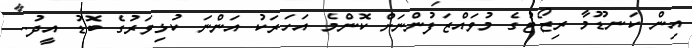
އިން ކަނޑޫމާ ރިޒޯޓުގެ މުވައްޒަފުންނަށް ކޮންމެ އަހަރަކު އަންނަ ކުޅިވަރުގެ ބޮޑު އީދު..